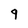
Character: q